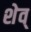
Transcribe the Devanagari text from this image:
शेव्